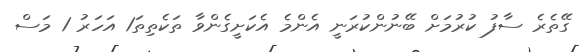
ގޭތެރެ ސާފު ކުުރުމަށް ބޭނުންކުރަނީ އެންމެ އެކަށީގެންވާ ތަކެތިތަ1 އަހަރު 1 މަސް